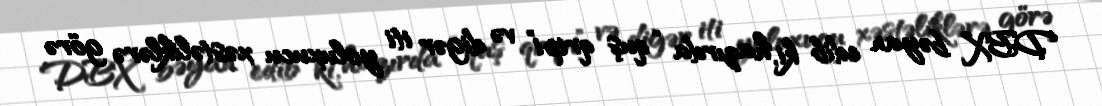
DBX bəyan edib ki, hazırda “quş qripi” və digər iti yoluxucu xəstəliklərə görə